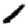
Digit: 1